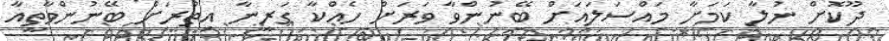
ދޫކޮށް ނުލާ ކަމަށާ މައްސަލައަށް ބޭނުންވާ ވަރަށް ހެއްކާ ގަރީނާ އިތުރަށް ބޭނުންވާތީއާ